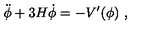
\ddot { \phi } + 3 H \dot { \phi } = - { V ^ { \prime } ( \phi ) } \ ,